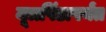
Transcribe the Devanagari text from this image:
मूत्रपिंडापर्यंत